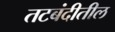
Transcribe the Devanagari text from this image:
तटबंदीतील